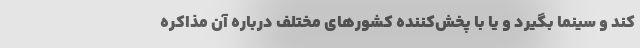
کند و سینما بگیرد و یا با پخش‌کننده کشورهای مختلف درباره آن مذاکره